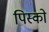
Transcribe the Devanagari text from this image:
पिस्को